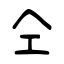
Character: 仝